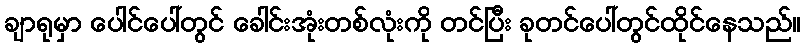
ချာရုမှာ ပေါင်ပေါ်တွင် ခေါင်းအုံးတစ်လုံးကို တင်ပြီး ခုတင်ပေါ်တွင်ထိုင်နေသည်။